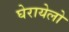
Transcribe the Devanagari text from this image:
घेरायेलो